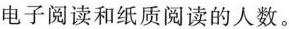
电子阅读和纸质阅读的人数。